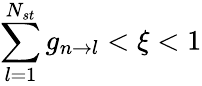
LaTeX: \sum_{l=1}^{N_{st}}g_{n\rightarrow l}<\xi<1